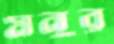
মনুর